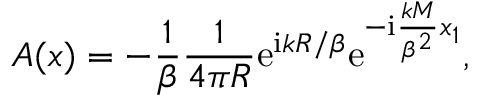
A ( \boldsymbol { x } ) = - \frac { 1 } { \beta } \frac { 1 } { 4 \pi R } \mathrm { e } ^ { \mathrm { i } k R / \beta } \mathrm { e } ^ { - \mathrm { i } \frac { k M } { \beta ^ { 2 } } x _ { 1 } } ,